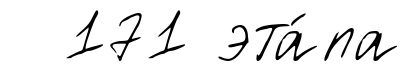
171 эта́па